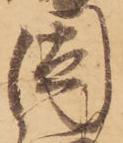
因